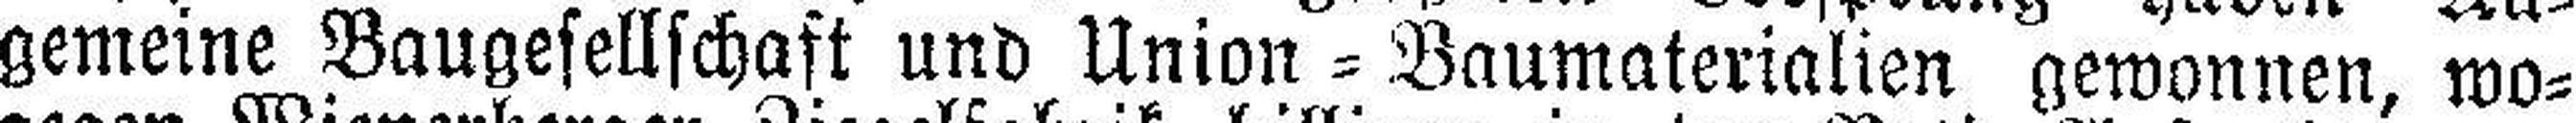
gemeine Baugesellschaft und Union = Baumaterialien gewannen, wo¬